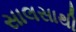
સાલસાથી